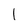
Character: 1